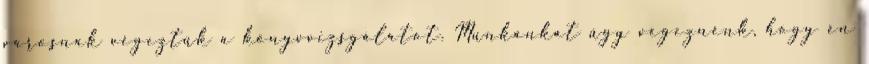
városnak végeztük a könyvvizsgálatot. Munkánkat úgy végeznénk, hogy én